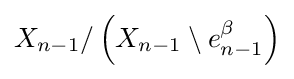
X_{n-1}/\left(X_{n-1}\setminus e_{n-1}^{\beta }\right)